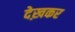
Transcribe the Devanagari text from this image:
देख़कर